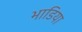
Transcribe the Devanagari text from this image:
भाडिया